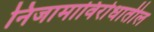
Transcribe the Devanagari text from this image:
निजामाविरोधातील